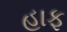
હાફ